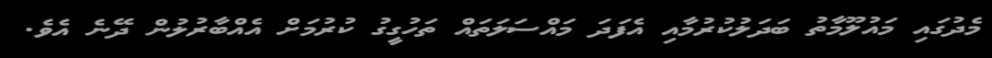
މެދުގައި މައުލޫމާތު ބަދަލުކުރުމާއި އެފަދަ މައްސަލަތައް ތަހުގީގު ކުރުމަށް އެއްބާރުލުން ދޭނެ އެވެ.